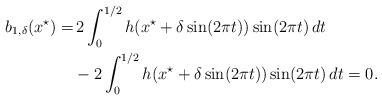
LaTeX: \begin{align*}\begin{aligned}b_{1,\delta}(x^\star) =&\, 2\int_{0}^{1/2}h(x^\star+\delta\sin(2\pi t))\sin(2\pi t)\,dt\\ &- 2\int_{0}^{1/2}h(x^\star+\delta\sin(2\pi t))\sin(2\pi t)\,dt =0.\end{aligned}\end{align*}